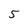
Character: 5